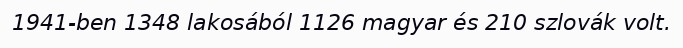
1941-ben 1348 lakosából 1126 magyar és 210 szlovák volt.